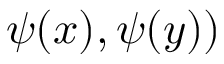
\psi ( { x } ) , \psi ( { y } ) )